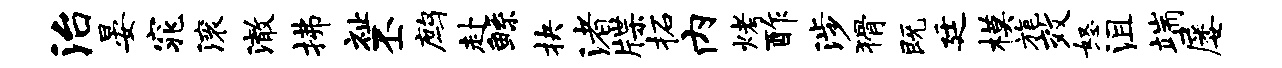
治晏窕滚澈拂祉丕鹧赴鲧抉渚牒柘内烤酢涉猾既廷模旄效怒沮端屡